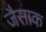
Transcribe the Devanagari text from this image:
जैसाक